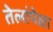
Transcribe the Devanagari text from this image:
तेलांपेक्षा